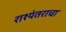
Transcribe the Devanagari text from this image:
राश्यंतराचा